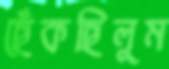
ছেঁকছিলুম